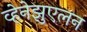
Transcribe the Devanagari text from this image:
व्हेनेझुएलन